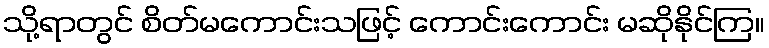
သို့ရာတွင် စိတ်မကောင်းသဖြင့် ကောင်းကောင်း မဆိုနိုင်ကြ။